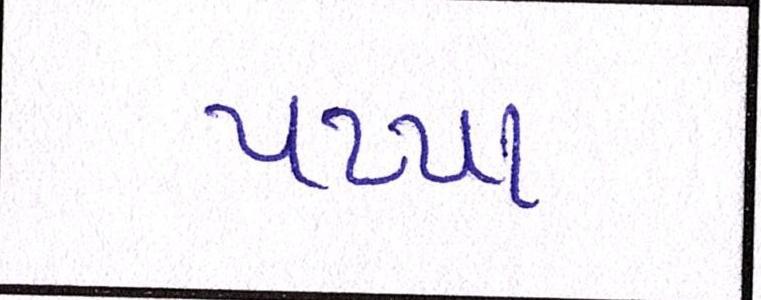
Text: પપ્પા